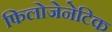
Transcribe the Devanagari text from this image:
फिलोजेनेटिक